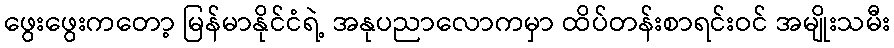
ဖွေးဖွေးကတော့ မြန်မာနိုင်ငံရဲ့ အနုပညာလောကမှာ ထိပ်တန်းစာရင်းဝင် အမျိုးသမီး